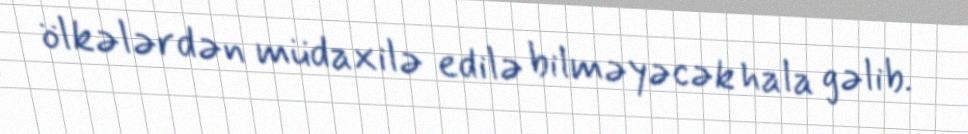
ölkələrdən müdaxilə edilə bilməyəcək hala gəlib.